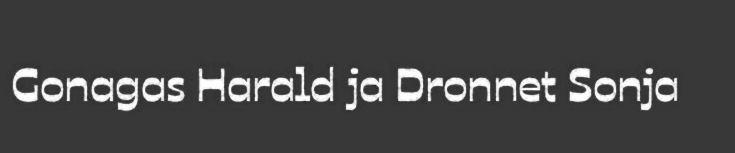
Gonagas Harald ja Dronnet Sonja